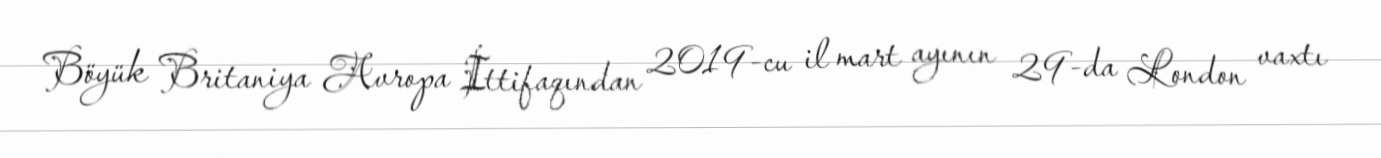
Böyük Britaniya Avropa İttifaqından 2019-cu il mart ayının 29-da London vaxtı